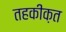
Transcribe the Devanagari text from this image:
तहकीक़त